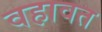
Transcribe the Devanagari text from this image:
वहावत